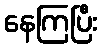
နေကြပြီး